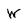
Character: W